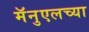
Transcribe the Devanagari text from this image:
मॅनुएलच्या